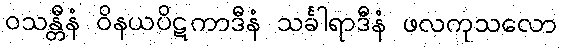
ဝသန္တီနံ ဝိနယပိဋကာဒီနံ သင်္ခါရာဒီနံ ဖလကုသလော